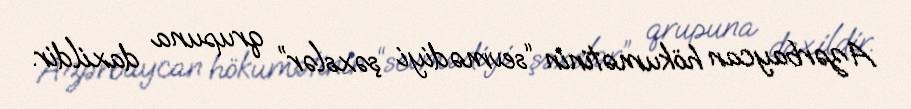
Azərbaycan hökumətinin “sevmədiyi şəxslər” qrupuna daxildir.